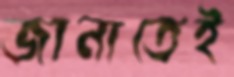
জানাতেই